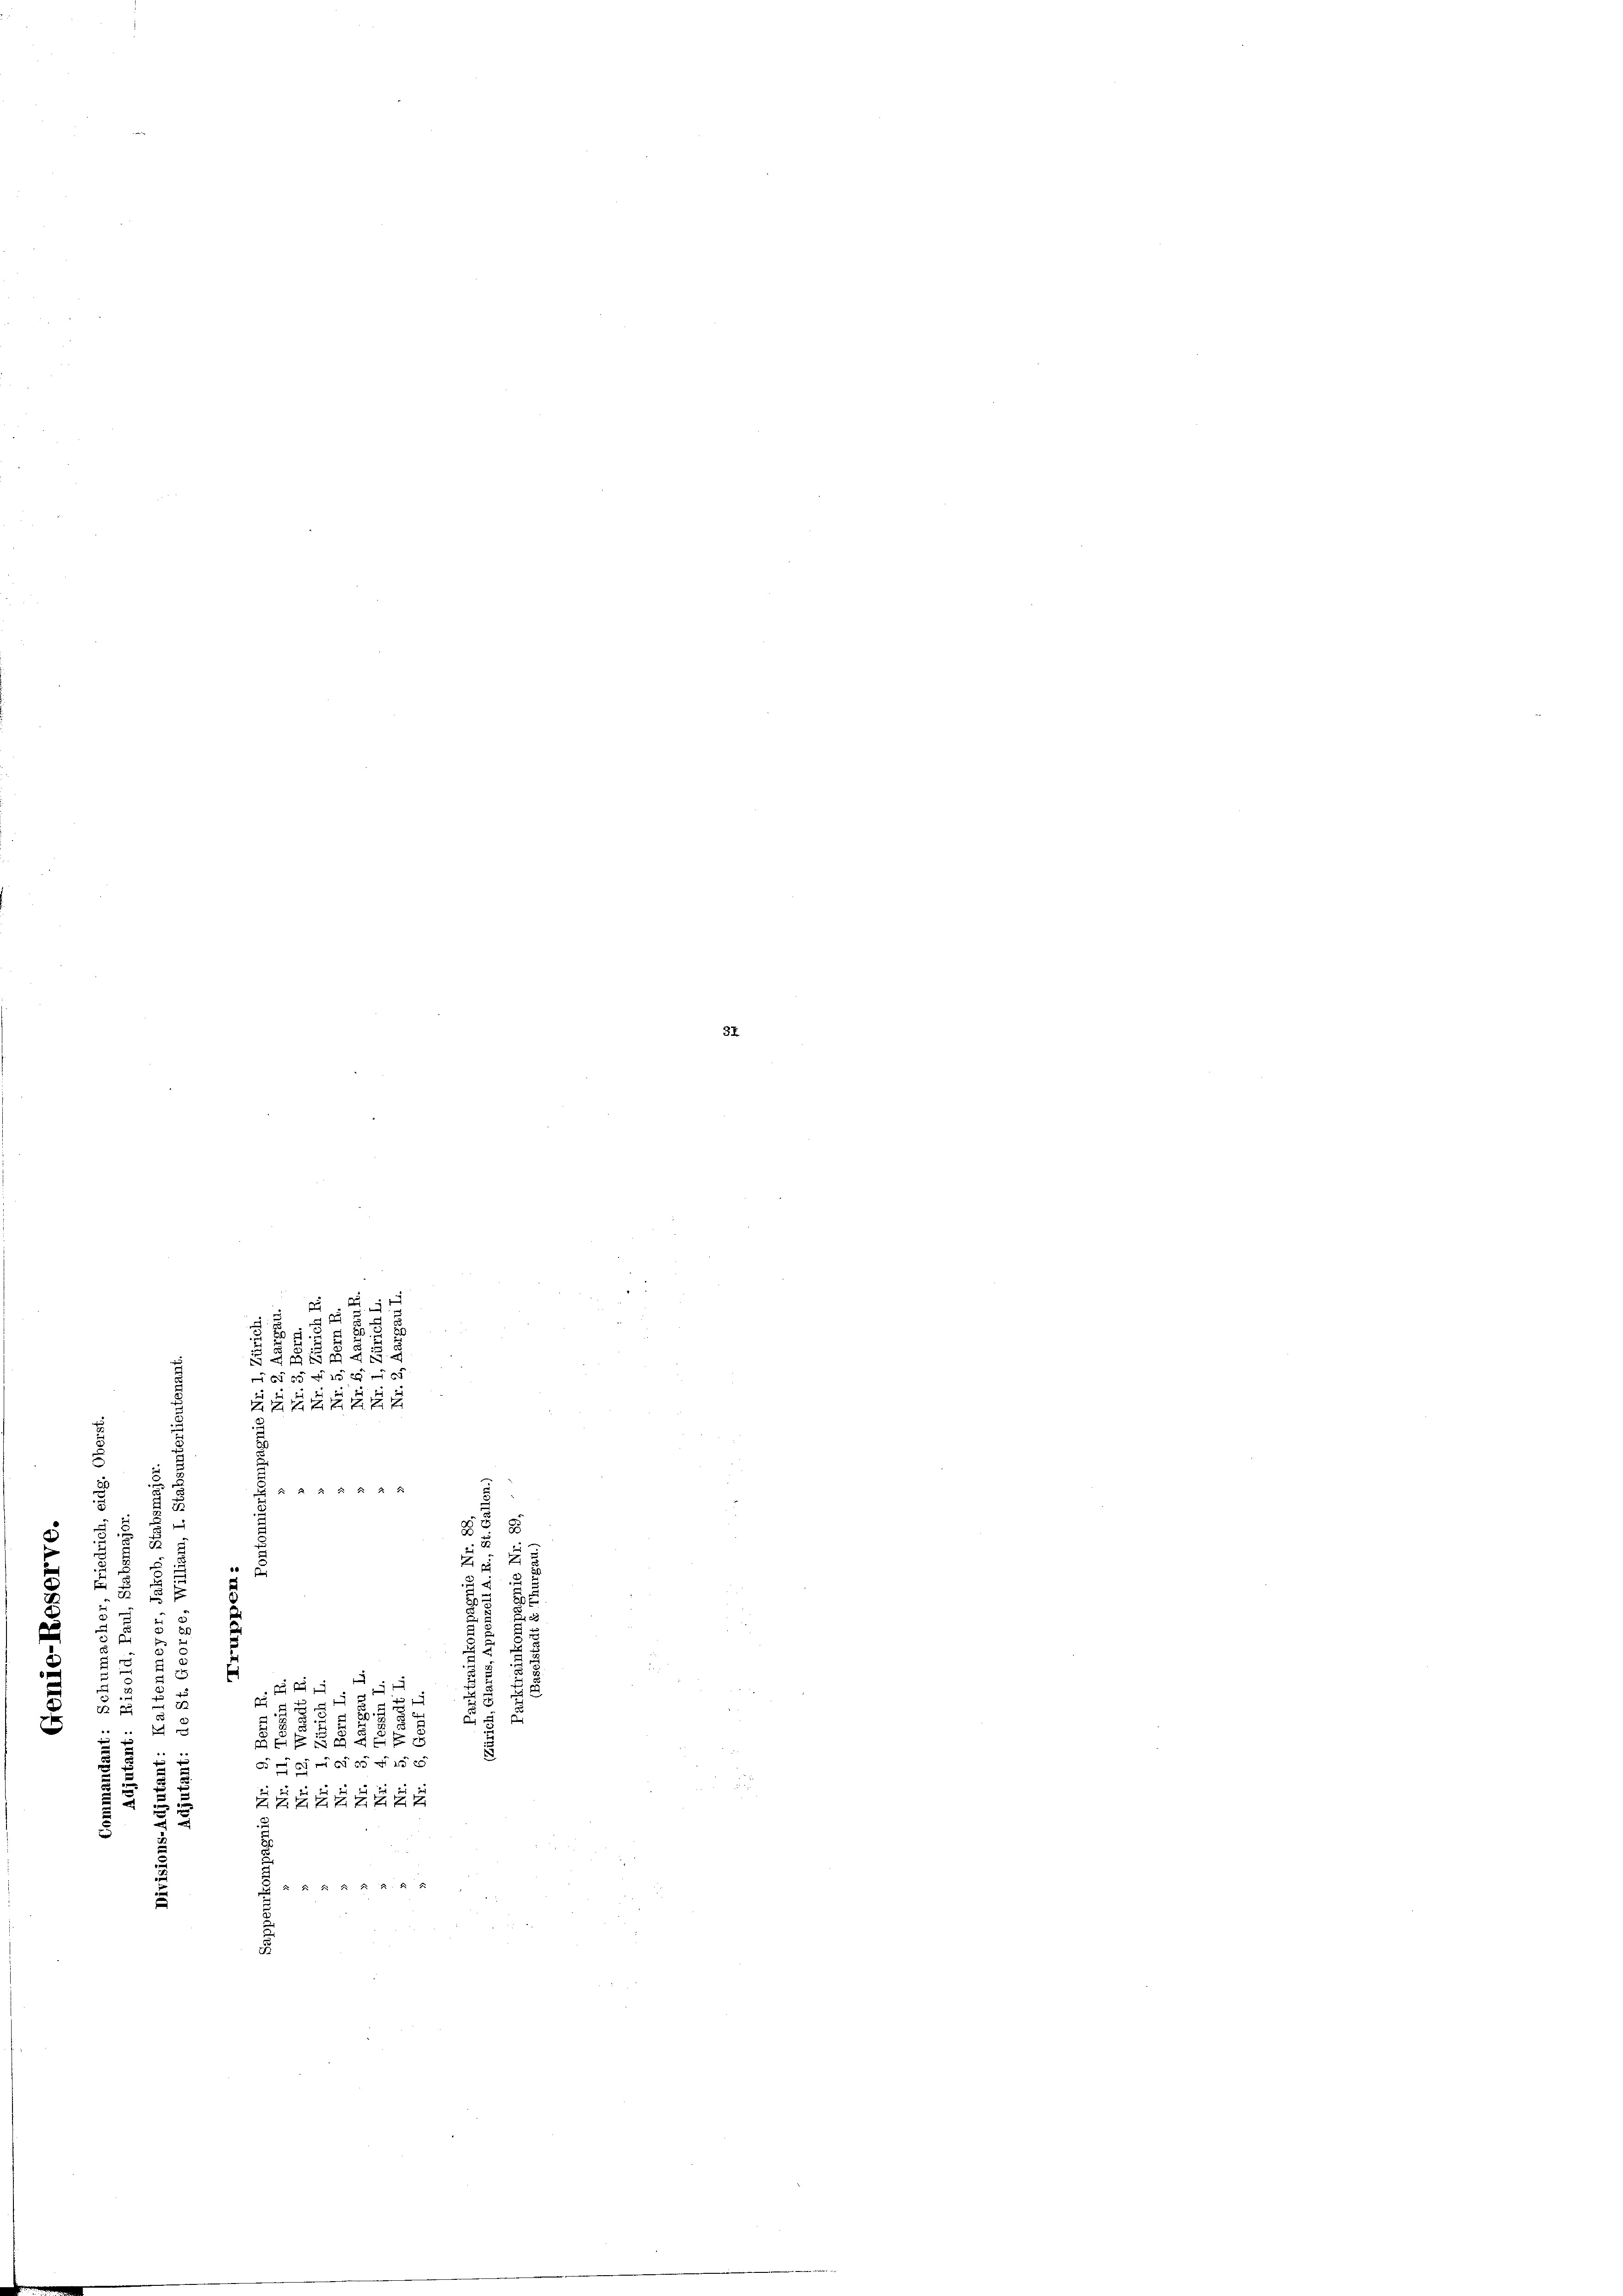
.

1454

1
2
d
1
K     2 2 S.

5
5
e
 5
u
.
5
n
1

e
e
u
u

.
.
e
u

5
¬
e
E
u

u
 2 f 0 x x
ZZZZZZ
u
u

8

.

e

.

2
2 x

d
a e
 2 x 2 x 2 2 S

2

.